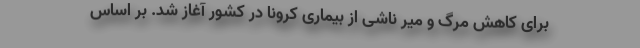
برای کاهش مرگ و میر ناشی از بیماری کرونا در کشور آغاز شد. بر اساس